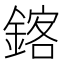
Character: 𫒴